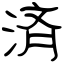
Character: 済